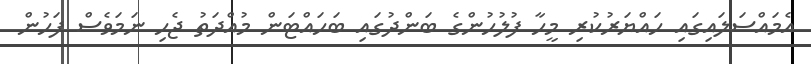
އެމައްސަލައިގައި ހައްޔަރުކުރި މީހާ ފުލުހުންގެ ބަންދުގައި ބަހައްޓަން މުއްދަތު ޖެހި ނަމަވެސް ފަހުން